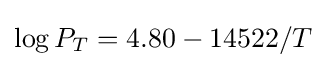
\log P_{T}=4.80-14522/T